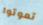
تموتوا